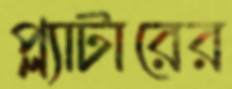
প্ল্যাটারের